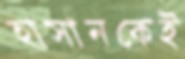
হাসানকেই